Calcutta medical institutions reports 1892-1900
Year: 1892
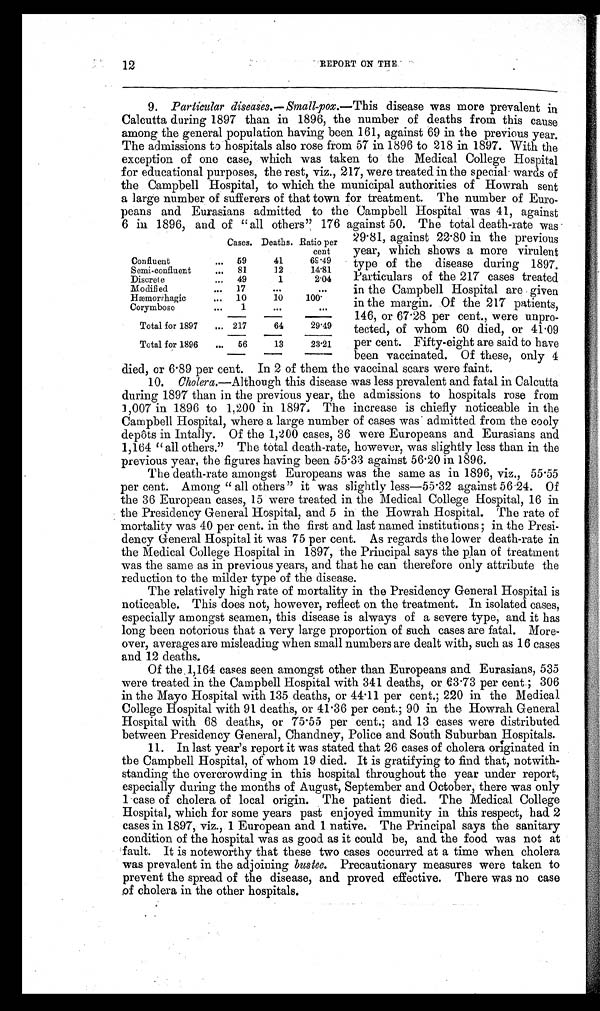
12
REPORT ON THE
9. Particular diseases.— Small-pox. —This disease was more prevalent in
Calcutta during 1897 than in 1896, the number of deaths from this cause
among the general population having been 161, against 69 in the previous year.
The admissions to hospitals also rose from 57 in 1896 to 218 in 1897. With the
exception of one case, which was taken to the Medical College Hospital
for educational purposes, the rest, viz., 217, were treated in the special wards of
the Campbell Hospital, to which the municipal authorities of Howrah sent
a large number of sufferers of that town for treatment. The number of Euro-
peans and Eurasians admitted to the Campbell Hospital was 41, against
6 in 1896, and of " all others" 176 against 50. The total death-rate was
Cases. Deaths. Ratio per
cent
Confluent
. . . 59
41
68.49
Semi-confluent
... 81
12
14.81
Discrete
... 49
1
2.04
Modified
... 17
. . .
...
Hæmorrhagic
... 10
10
1 0 0 .
Corymbose
...
1
. . .
...
Total for 1897
... 217
64
29.49
Total for 1896
... 56
13
23.21
29.81, against 22.80 in the previous
year, which shows a more virulent
type of the disease during 1897.
Particulars of the 217 cases treated
in the Campbell Hospital are given
in the margin. Of the 217 patients,
146, or 67.28 per cent., were unpro-
tected, of whom 60 died, or 41.09
per cent. Fifty-eight are said to have
been vaccinated. Of these, only 4
died, or 6.89 per cent. In 2 of them the vaccinal scars were faint.
10.
Cholera. —Although this disease was less prevalent and fatal in Calcutta
during 1897 than in the previous year, the admissions to hospitals rose from
1,007 in 1896 to 1,200 in 1897. The increase is chiefly noticeable in the
Campbell Hospital, where a large number of cases was admitted from the cooly
depôts in Intally. Of the 1,200 cases, 36 were Europeans and Eurasians and
1,164 " all others." The total death-rate, however, was slightly less than in the
previous year, the figures having been 55.33 against 56.20 in 1896.
The death-rate amongst Europeans was the same as in 1896, viz., 55.55
per cent. Among " all others" it was slightly less—55.32 against 56.24. Of
the 36 European cases, 15 were treated in the Medical College Hospital, 16 in
the Presidency General Hospital, and 5 in the Howrah Hospital. The rate of
mortality was 40 per cent. in the first and last named institutions ; in the Presi-
dency General Hospital it was 75 per cent. As regards the lower death-rate in
the Medical College Hospital in 1897, the Principal says the plan of treatment
was the same as in previous years, and that he can therefore only attribute the
reduction to the milder type of the disease.
The relatively high rate of mortality in the Presidency General Hospital is
noticeable. This does not, however, reflect on the treatment. In isolated cases,
especially amongst seamen, this disease is always of a severe type, and it has
long been notorious that a very large proportion of such cases are fatal. More-
over, averages are misleading when small numbers are dealt with, such as 16 cases
and 12 deaths.
Of the 1,164 cases seen amongst other than Europeans and Eurasians, 535
were treated in the Campbell Hospital with 341 deaths, or 63.73 per cent.; 306
in the Mayo Hospital with 135 deaths, or 44.11 per cent.; 220 in the Medical
College Hospital with 91 deaths, or 41.36 per cent.; 90 in the Howrah General
Hospital with 68 deaths, or 75.55 per cent.; and 13 cases were distributed
between Presidency General, Chandney, Police and South Suburban Hospitals.
11. In last year's report it was stated that 26 cases of cholera originated in
the Campbell Hospital, of whom 19 died. It is gratifying to find that, notwith-
standing the overcrowding in this hospital throughout the year under report,
especially during the months of August, September and October, there was only
1 case of cholera of local origin. The patient died. The Medical College
Hospital, which for some years past enjoyed immunity in this respect, had 2
cases in 1897, viz., 1 European and 1 native. The Principal says the sanitary
condition of the hospital was as good as it could be, and the food was not at
fault. It is noteworthy that these two cases occurred at a time when cholera
was prevalent in the adjoining bustee. Precautionary measures were taken to
prevent the spread of the disease, and proved effective. There was no case
of cholera in the other hospitals.